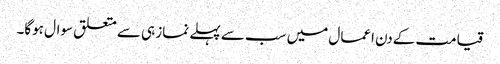
قیامت کےدن اعمال میں سب سے پہلے نماز ہی سے متعلق سوال ہوگا۔